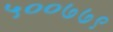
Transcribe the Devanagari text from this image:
५००७७९